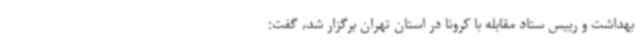
بهداشت و رییس ستاد مقابله با کرونا در استان تهران برگزار شد، گفت: